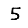
Digit: 5